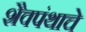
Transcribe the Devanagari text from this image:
शैवपंथाचे